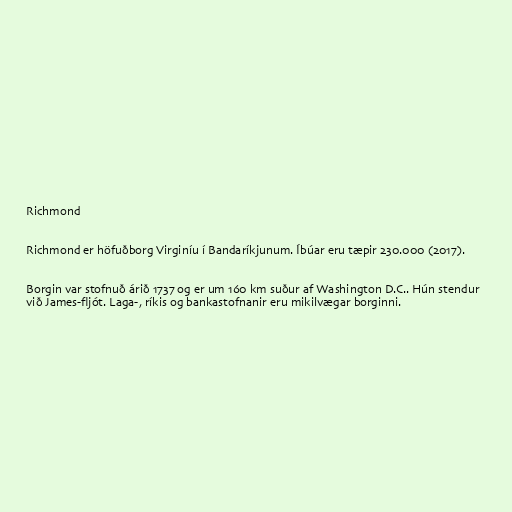
Richmond

Richmond er höfuðborg Virginíu í Bandaríkjunum. Íbúar eru tæpir 230.000 (2017).

Borgin var stofnuð árið 1737 og er um 160 km suður af Washington D.C.. Hún stendur
við James-fljót. Laga-, ríkis og bankastofnanir eru mikilvægar borginni.